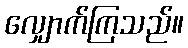
လျှောက်ကြသည်။